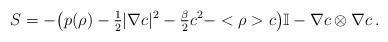
LaTeX: \begin{align*}S &= - \big ( p(\rho) -\tfrac{1}{2} |\nabla c|^2 - \tfrac{\beta}{2} c^2 - < \rho > c \big ) \mathbb{I} - \nabla c \otimes \nabla c \, .\end{align*}